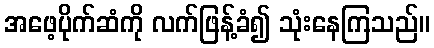
အဖေ့ပိုက်ဆံကို လက်ဖြန့်ခံ၍ သုံးနေကြသည်။